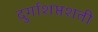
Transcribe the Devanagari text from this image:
दुर्गाशप्तशती